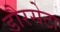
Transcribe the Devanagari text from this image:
डौरसेटा